Annual report on the working of the lock hospitals in the Central Provinces
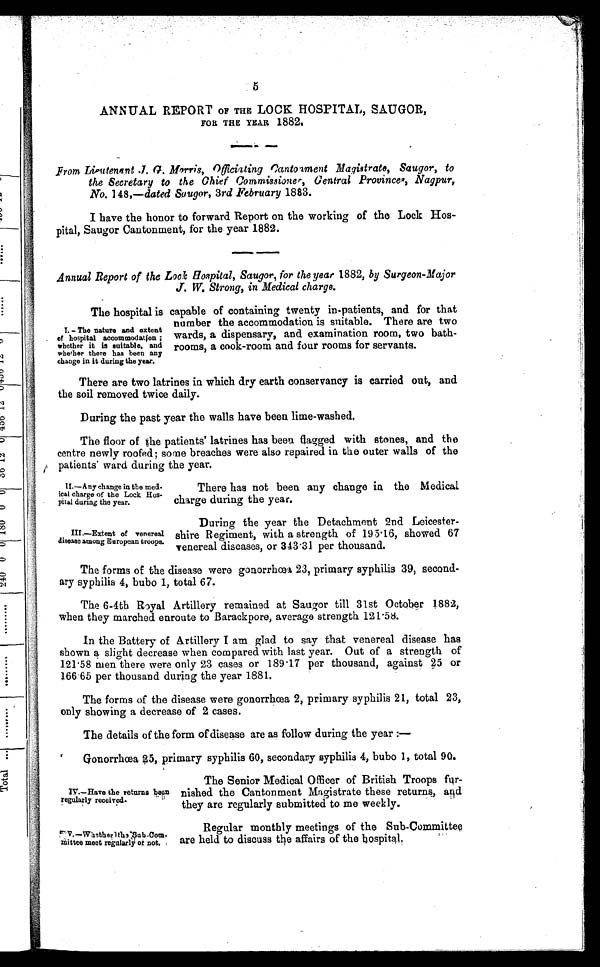
II.—Any change in the med-
ical charge of the Lock Hos-
pital during the year.
III.—Extent of venereal
disease among European troops.
IV.—Have the returns been
regularly received
.
IV.—whether the Sub-Com
-mittee meet regularly of not.
ANNUAL REPORT OF THE LOCK HOSPITAL, SAUGOR,
FOR THE YEAR 1882.
From Lieutenant .J. G. Morris, Officiating Cantonment Magistrate, Saugor, to
the Secretary to the Chief Commissioner, General Provinces, Nagpur,
No, 148,—dated Saugor, 3rd February 1883.
I have the honor to forward Report on the working of the Lock Hos-
pital, Saugor Cantonment, for the year 1882.
Annual Report of the Lock Hospital, Saugor, for the year 1882, by Surgeon-Major
J. W. Strong, in Medical charge.
The hospital is capable of containing twenty in patients, and for that
number the accommodation is suitable. There are two
wards, a dispensary, and examination room, two bath-
rooms, a cook-room and four rooms for servants.
There are two latrines in which dry earth conservancy is carried out, and
the soil removed twice daily.
During the past year the walls have been lime-washed.
The floor of the patients' latrines has been flagged with stones, and the
centre newly roofed; some breaches were also repaired in the outer walls of the
patients' ward during the year.
I . — T h e n a t u r e a n d e x t e n t
of hospital accommodation ;
whether it is suitable, and
whether there has been any
change in it during the year.
There has not been any change in the Medical
charge during the year.
During the year the Detachment 2nd Leicester-
shire Regiment, with a strength of 195 . 16, showed 67
venereal diseases, or 343·31 per thousand.
The forms of the disease were gonorrhœa 23, primary syphilis 39, second-
ary syphilis 4, bubo 1, total 67.
The 6-4th Royal Artillery remained at Saugor till 31st October 1882,
when they marched enroute to Barackpore, average strength 121·58.
In the Battery of Artillery I am glad to say that venereal disease has
shown a slight decrease when compared with last year. Out of a strength of
121 . 58 men there were only 23 cases or 189 . 17 per thousand, against 25 or
166·65 per thousand during the year 1881.
The forms of the disease were gonorrhœa 2, primary syphilis 21, total 23,
only showing a decrease of 2 cases.
The details of the form of disease are as follow during the year :—
Gonorrhœa 25, primary syphilis 60, secondary syphilis 4, bubo 1, total 90.
The Senior Medical Officer of British Troops fur-
nished the Cantonment Magistrate these returns, and
they are regularly submitted to me weekly.
Regular monthly meetings of the Sub-Committee
are held to discuss the affairs of the hospital.